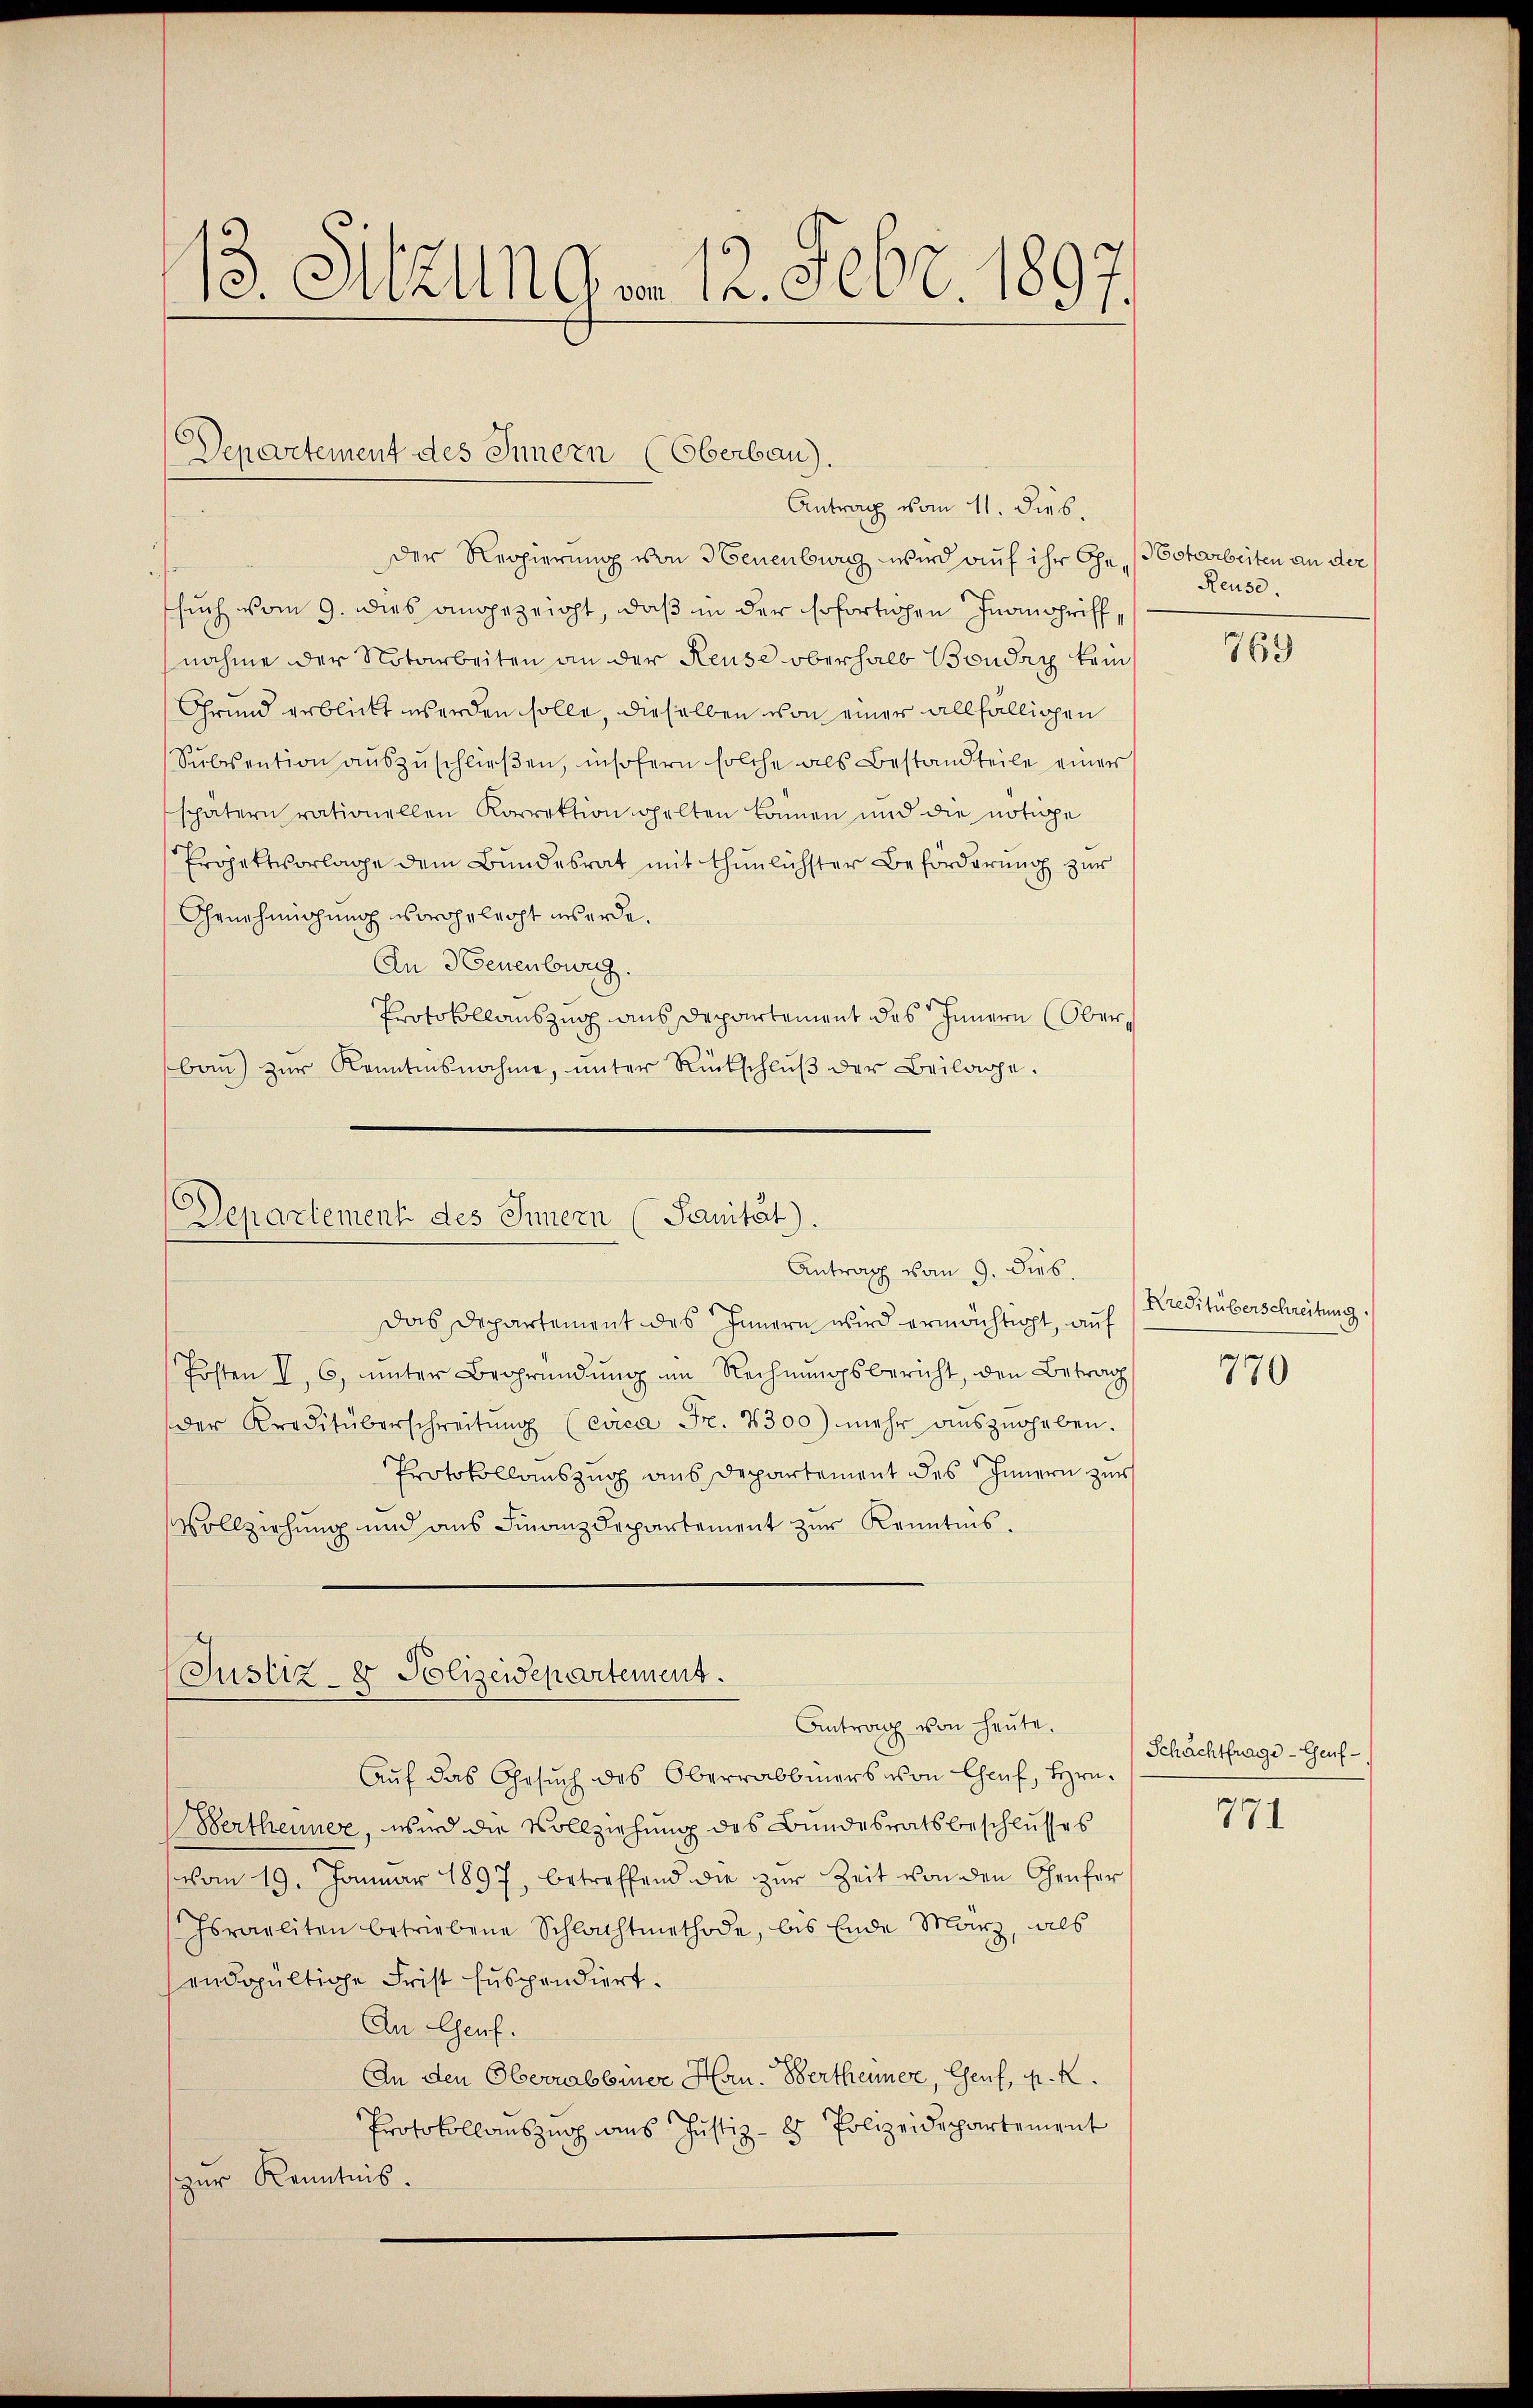
13. Mann der 12. Febr 1897.

Departement des Innern (Oberbau).
Antrag vom 11. Dieb.

Der Regierung von Neuenburg wird auf ihr Ehe, starbeiten an der
such vom 9. dies angezeicht, daß in der Erfortigen Inanschriffnahme der Notarbeiten an der Reuse oberhalb Boudry kein
Grund erblickt werden solle, dieselben von einer allfälligen
Sŭbsention aŭszŭschlieβen, insofern solche als Bestandteile einer
spätern rationellen Korrektion gelten können und die nötige
Projektvorlage dem Bundesrat mit thunlichster Beförderung zur
Genehmigung vorgeleicht werde.
An 3 Feuenburg.
Protokollauszug aus Departement des Innern Oberbau) zŭr Kenntnisnahme, unter Rückschlŭβ der Beilage.

Departement des Innern (Sanität).
Antrag vom 9. Sieb.

Das Departement des Innern wird ermächtigt, auf
Posten V 6, unter Begründŭng im Rechnŭngsbericht, den Betrag
der Kreditüberschreitŭng (circa Fr. 4300) mehr aŭszŭgeben.
Protokollauszug aus Departement des Innern zur
Vollziehung und aus Finanzdepartement zur Kenntnis.

Justiz- & Polizeidepartemens.
Antrag von heute.

Auf das Gesuch des Oberrabbiners von Chauf, Hrn.
Bertheuner, wird die Vollziehung des Bundesratsbeschlusses
vom 19. Januar 1897, betreffend die zur Zeit von den Genfer
Israeliten betriebene Schlachtmethode, bis Ende März, als
endgültige Frist suspendiert.
An Genf.
An den Oberrabbiner Han. Bertheiner, Genf, p. K.
Protokollauszug aus Justiz- & Polizeidepartement
zur Kenntnis.

Reuse.

769

Kreditüberschreitung.

770

Schachtfrage-Geuf¬

771